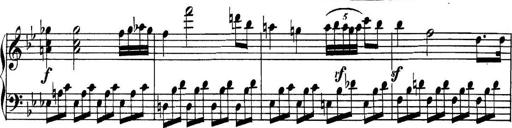
Title: Collected Piano Sonatas
Composer: Muzio Clementi